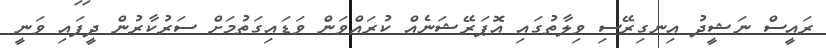
ރައީސް ނަޝީދު އިނގިރޭސި ވިލާތުގައި އޮޕަރޭޝަނެއް ކުރައްވަން ވަޑައިގަތުމަށް ސަރުކާރުން ދީފައި ވަނީ